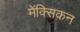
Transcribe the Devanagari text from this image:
मेंक्सिकन